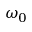
\omega _ { 0 }